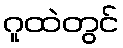
ဂူထဲတွင်